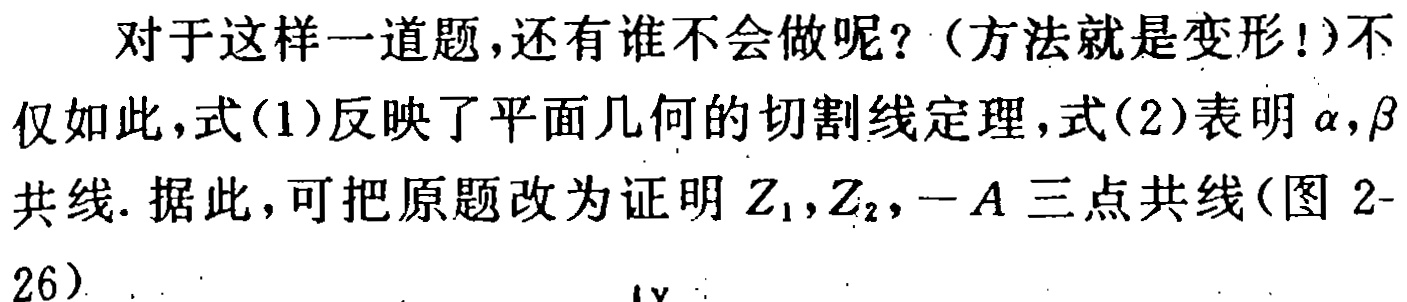
对于这样一道题,还有谁不会做呢?（方法就是变形!）不仅如此,式(1)反映了平面几何的切割线定理,式(2)表明\(\alpha,\beta\)共线. 据此,可把原题改为证明\(Z_1,Z_2,-A\)三点共线(图2-26).